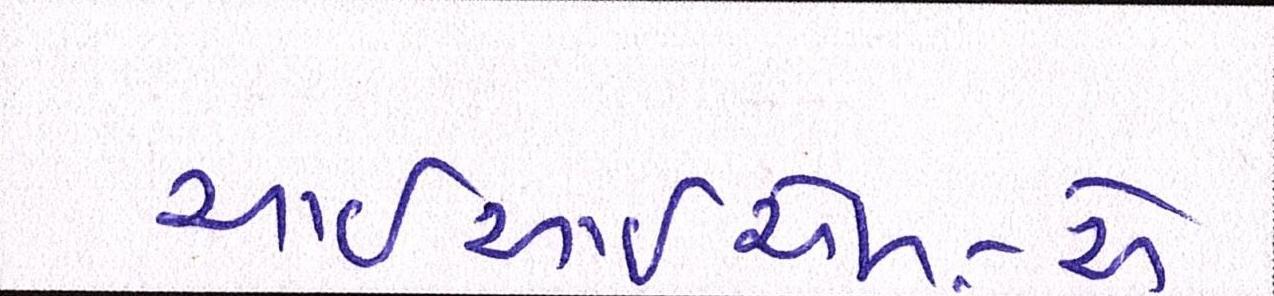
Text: આઇઆઇએમ-એ